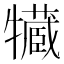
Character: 𤛻